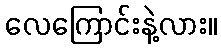
လေကြောင်းနဲ့လား။